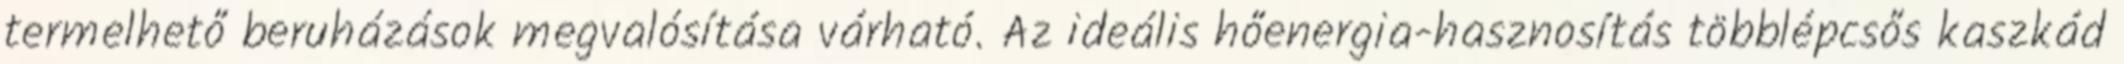
termelhető beruházások megvalósítása várható. Az ideális hőenergia-hasznosítás többlépcsős kaszkád